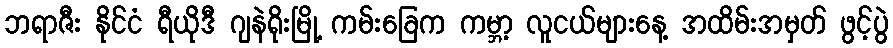
ဘရာဇီး နိုင်ငံ ရီယိုဒီ ဂျနဲရိုးမြို့ ကမ်းခြေက ကမ္ဘာ့ လူငယ်များနေ့ အထိမ်းအမှတ် ဖွင့်ပွဲ